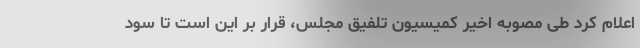
اعلام کرد‌ طی مصوبه اخیر کمیسیون تلفیق مجلس، قرار بر این است تا سود